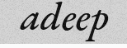
adeep